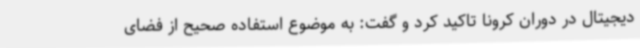
دیجیتال در دوران کرونا تاکید کرد و گفت: به موضوع استفاده صحیح از فضای